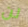
لن